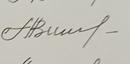
Signature authenticity: genuine